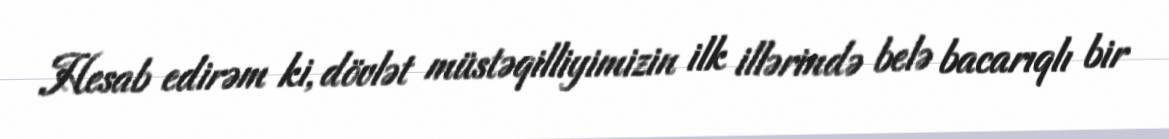
Hesab edirəm ki, dövlət müstəqilliyimizin ilk illərində belə bacarıqlı bir